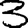
Digit: 3